Vaccination in Burma 1900-1911 - 1900-1911
Year: 1900
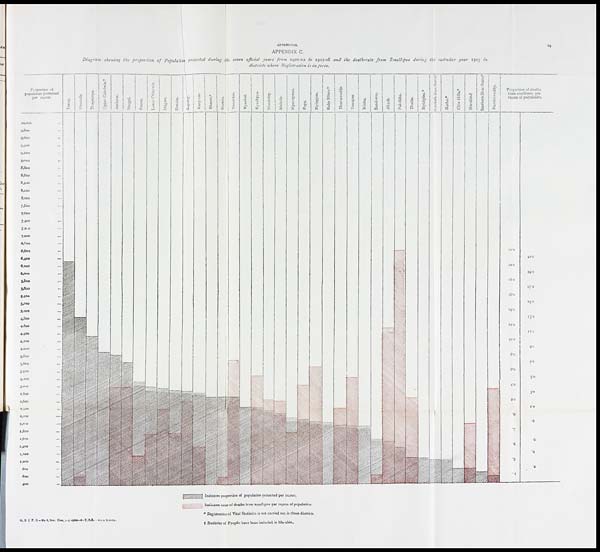
APPENDICES.
APPENDIX C.
Diagram showing the proportion of Population protected during the seven official years from 1901-02 to 1907-08 and the death-rate from Small-pox during the calendar year 1907 in
districts where Registration is in force.
G. B. C. P. O.-No. 6, San. Com. 1-8 -1908—6—T.F.B. -400 ZINCO.